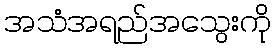
အသံအရည်အသွေးကို